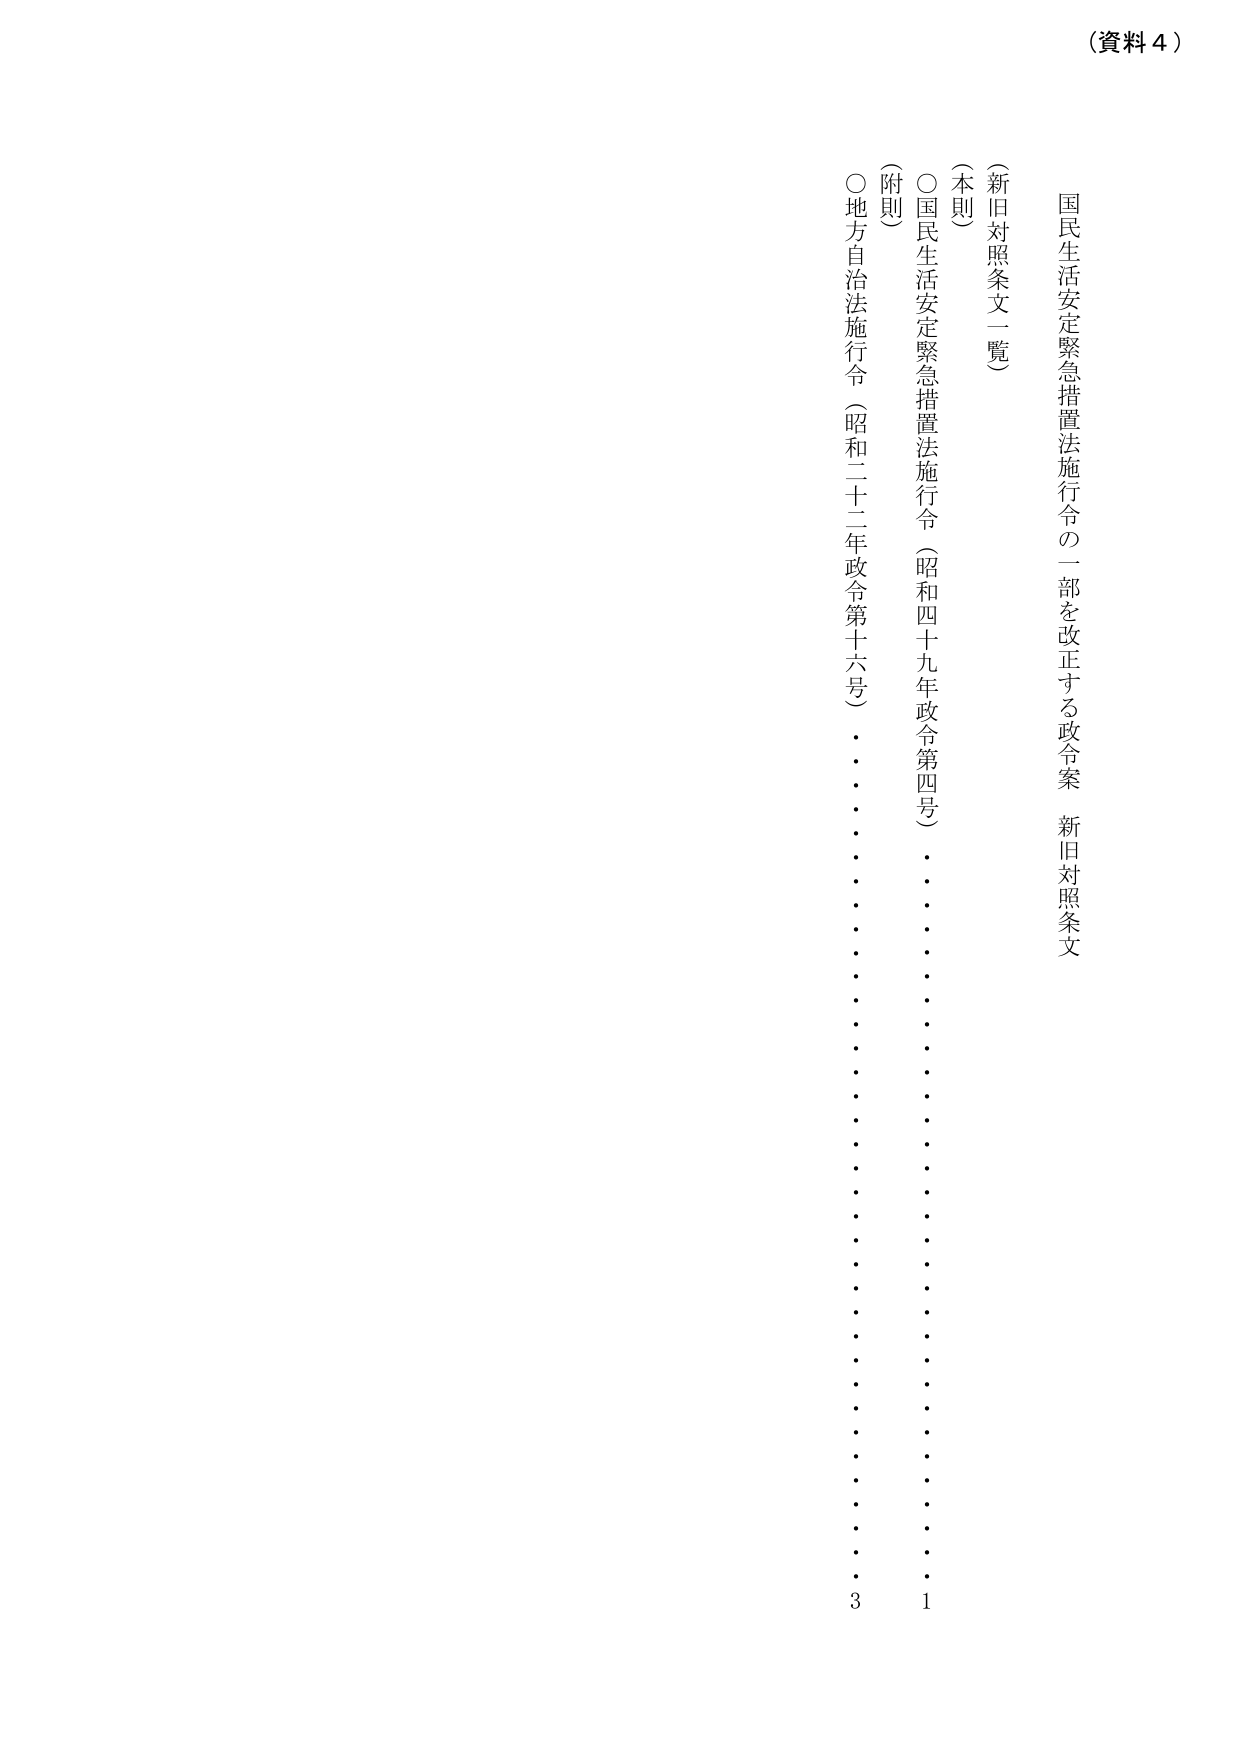
（資料４）

国民生活安定緊急措置法施行令の一部を改正する政令案　新旧対照条文

（新旧対照条文一覧）

（本則）
○国民生活安定緊急措置法施行令（昭和四十九年政令第四号）